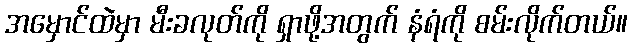
အမှောင်ထဲမှာ မီးခလုတ်ကို ရှာဖို့အတွက် နံရံကို စမ်းလိုက်တယ်။